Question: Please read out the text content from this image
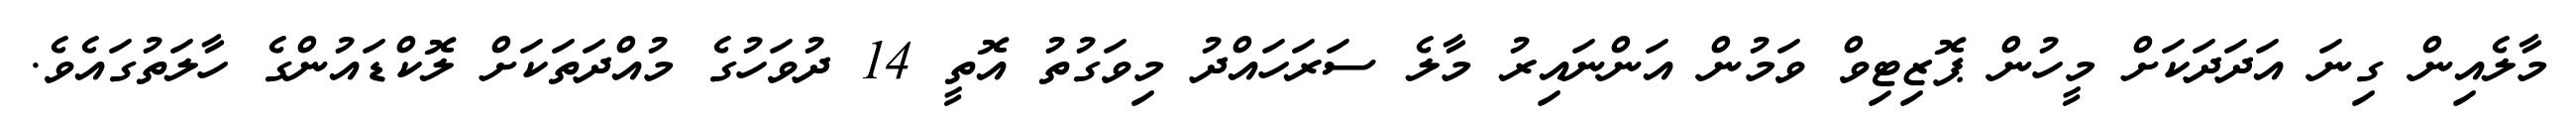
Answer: މާލެއިން ގިނަ އަދަދަކަށް މީހުން ޕޮޒިޓިވް ވަމުން އަންނައިރު މާލެ ސަރަހައްދު މިވަގުތު އޮތީ 14 ދުވަހުގެ މުއްދަތަކަށް ލޮކްޑައުންގެ ހާލަތުގައެވެ.